Vaccination in Burma 1889-1999 - 1889-1999
Year: 1889
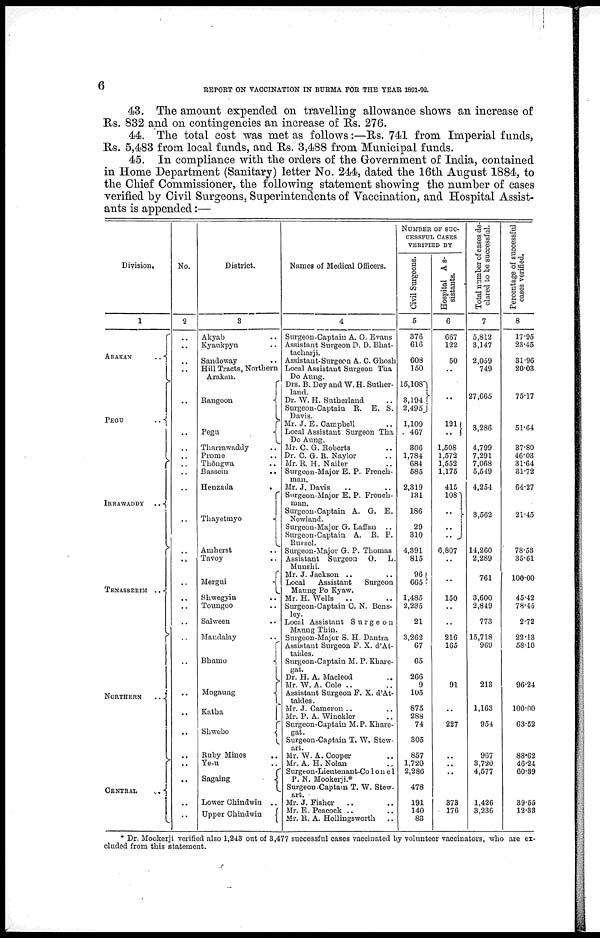
6
REPORT ON VACCINATION IN BURMA FOR THE YEAR 1891-92.
43. The amount expended on travelling allowance shows an increase of
Rs. 832 and on contingencies an increase of Rs. 276.
44. The total cost was met as follows:—Rs. 741 from Imperial funds,
Rs. 5,483 from local funds, and Rs. 3,488 from Municipal funds.
45. In compliance with the orders of the Government of India, contained
in Home Department (Sanitary) letter No. 244, dated the 16th August 1884, to
the Chief Commissioner, the following statement showing the number of cases
verified by Civil Surgeons, Superintendents of Vaccination, and Hospital Assist-
ants is appended:—
Division.
1
ARAKAN
..
PEGU
..
IRRAWADDY
..
TENASSERIM
..
NORTHERN
..
CENTRAL
..
No.
2
..
..
..
..
..
..
..
..
..
..
..
..
..
..
..
..
..
..
..
..
..
..
..
..
. .
..
..
..
District.
3
Akyab ..
Kyaukpyu ..
Sandoway ..
Hill Tracts, Northern
Arakan.
Rangoon
Pegu
Tharrawaddy ..
Prome ..
Thôngwa ..
Bassein
..
Henzada
..
Thayetmyo
Amherst ..
Tavoy ..
Mergui
Shwegyin ..
Toungoo ..
Salween ..
Mandalay ..
Bhamo
Mogaung
Katha
Shwebo
Ruby Mines
..
Ye-u ..
Sagaing
Lower Chindwin ..
Upper Chindwin
Names of Medical Officers.
4
Surgeon-Captain A. O. Evans
Assistant Surgeon D. D. Bhat-
tacharji.
Assistant-Surgeon A. C. Ghosh
Local Assistant Surgeon Tha
Do Aung.
Drs. B. Dey and W. H. Suther-
land.
Dr. W. H. Sutherland ..
Surgeon-Captain R. E. S.
Davis.
Mr. J. E. Campbell ..
Local Assistant Surgeon Tha
Do Aung.
Mr. C. G. Roberts ..
Dr. C. G. R. Naylor ..
Mr. R. H. Nailer ..
Surgeon-Major E. P. French-
man.
Mr. J. Davis .. ..
Surgeon-Major E. P. French-
man.
Surgeon-Captain A. G. E.
Newland.
Surgeon-Major G. Laffan ..
Surgeon-Captain A. R. P.
Russel.
Surgeon-Major G. P. Thomas
Assistant Surgeon O. L.
Munshi.
Mr. J. Jackson .. ..
Local
Assistant
Surgeon
Maung Po Kyaw.
Mr. H. Wells .. ..
Surgeon-Captain C. N. Bens-
ley.
Local Assistant Surgeon
Maung Thin.
Surgeon-Major S. H. Dantra
Assistant Surgeon F. X. d'At-
taides.
Surgeon-Captain M. P. Khare-
gat.
Dr. H. A. Macleod ..
Mr. W. A. Cole ..
Assistant Surgeon F. X. d'At-
taides.
Mr. J. Cameron ..
Mr. P. A. Winckler ..
Surgeon-Captain M. P. Khare-
gat.
Surgeon-Captain T. W. Stew-
art.
Mr. W. A. Cooper ..
Mr. A. H. Nolan ..
Surgeon-Lieutenant-Co1one1
P. N. Mookerji.*
Surgeon-Captain T. W. Stew-
art.
Mr. J. Fisher .. ..
Mr. E. Peacock .. ..
Mr. R. A. Hollingsworth ..
NUMBER OF SUC-
CESSFUL CASES
VERIFIED BY
Civil Surgeons.
5
376
616
608
150
15,108
3,194
2,495
1,109
467
306
1,784
684
585
2,319
131
186
29
310
4,391
815
96
665
1,485
2,235
21
3,262
67
65
266
9
105
875
288
74
305
857
1,720
2,286
478
191
140
83
Hospital As-
sistants.
6
667
122
50
..
..
121
..
1,508
1,572
1,552
1,175
415
108
..
..
..
6,807
..
..
150
..
..
216
165
..
..
91
..
..
..
227
..
..
..
..
..
373
176
..
Total number
of cases de-
clared to be successful.
7
5,812
3,147
2,059
749
27,665
3,286
4,799
7,291
7,068
5,549
4,254
3,562
14,260
2,289
761
3,600
2,849
773
15,718
969
..
..
213
..
1,163
..
954
..
967
3,720
4,577
..
1,426
3,236
..
Percentage of successful
cases verified.
8
17.95
23.45
31.96
20.03
75.17
51.64
37.80
46.03
31.64
31.72
64.27
21.45
78.53
35.61
100.00
45.42
78.45
2.72
22.13
58.10
..
..
96.24
..
100.00
..
63.52
..
88.62
46.24
60.39
..
39.55
12.33
..
* Dr. Mookerji verified also 1,243 out of 3,477 successful cases vaccinated by volunteer vaccinators, who are ex-
cluded from this statement.